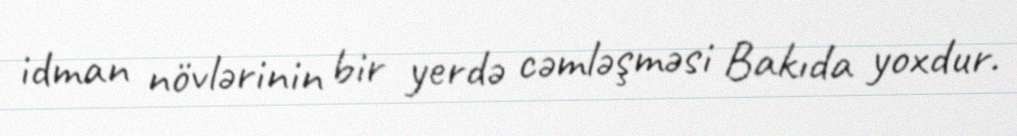
idman növlərinin bir yerdə cəmləşməsi Bakıda yoxdur.